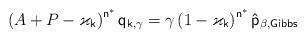
LaTeX: \begin{align*}\left( A+P-\varkappa _{\mathsf{k}}\right) ^{\mathsf{n}^{\ast }}\mathsf{q}_{\mathsf{k},\gamma }=\gamma \left( 1-\varkappa _{\mathsf{k}}\right) ^{\mathsf{n}^{\ast }}\mathsf{\hat{p}}_{\beta ,\mathsf{Gibbs}} \end{align*}